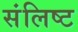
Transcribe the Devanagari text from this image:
संलिष्ट